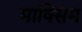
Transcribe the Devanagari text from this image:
माक्सिम